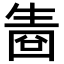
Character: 𤯬